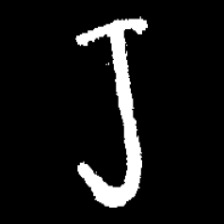
Pyu character \u2014 Myanmar letter: ရ (romanized: ra)